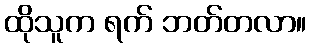
ထိုသူက ရက် ဘတ်တလာ။